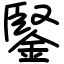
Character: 鋻